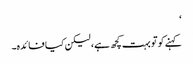
‘
کہنے کوتو بہت کچھ ہے، لیکن کیا فائدہ۔